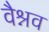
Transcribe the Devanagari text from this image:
वैश्नव